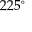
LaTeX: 2 2 5 ^ { \circ }